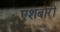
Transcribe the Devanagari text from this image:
एशबोरी